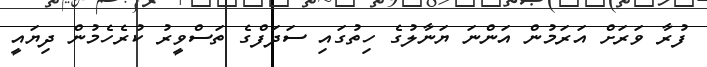
ފުރާ ވަރަށް އަރަމުން އަންނަ ޔަނާލުގެ ހިތުގައި ސަދަފްގެ ތަސްވީރު ކުރެހެމުން ދިޔައީ